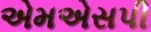
એમએસપી